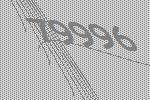
79996